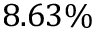
8 . 6 3 \%